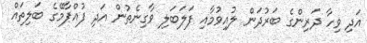
އަދި ވިހާ ދަރިންގެ ބަރުދަން ލުއިވުމާއި ފަލަބަލި ވާގިނެތުން އަދި ފުއްޕާމޭގެ ބަލިތައް